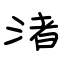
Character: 渚